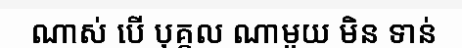
ណាស់ បើ បុគ្គល ណាមួយ មិន ទាន់